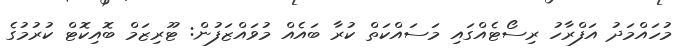
މުހައްމަދު އަފްރާހު ރިސޯޓެއްގައި މަސައްކަތް ކުރާ ބައެއް މުވައްޒަފުން: ޓޫރިޒަމް ބޮއިކޮޓް ކުރުމުގެ